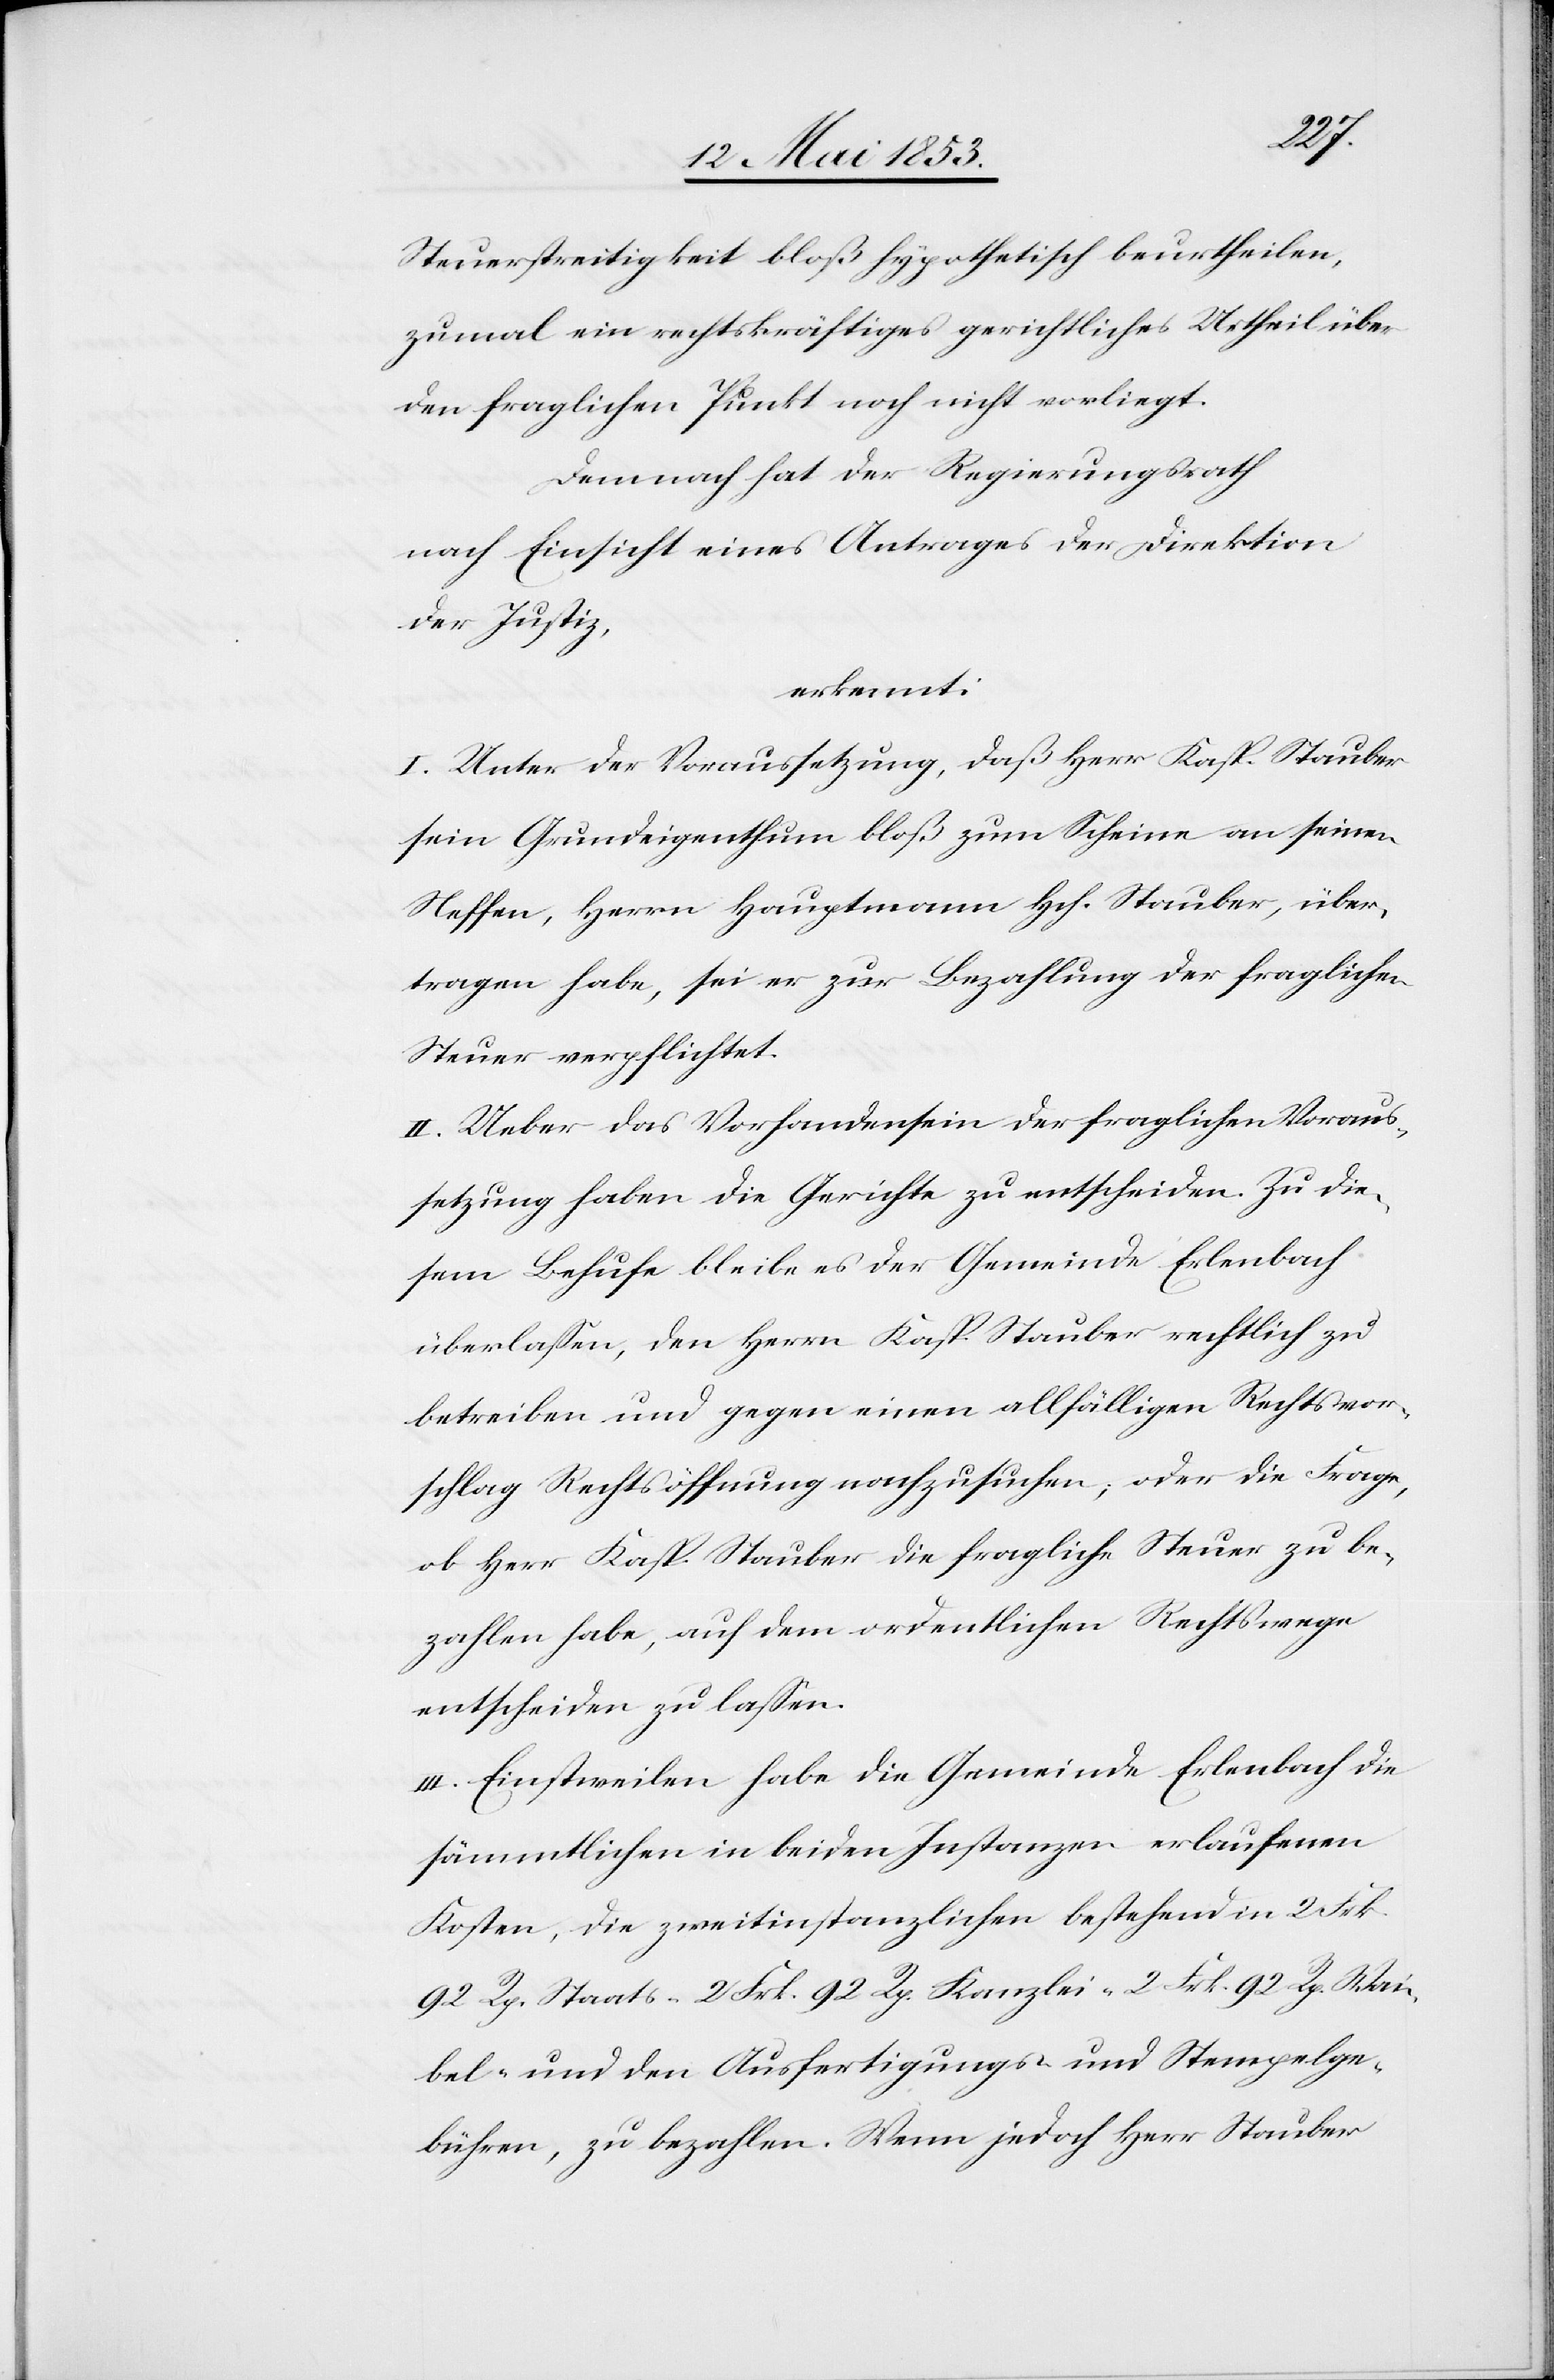
fnung
Steuerstreitigkeit bloß hypothetisch beurtheilen,
zumal ein rechtskräftiges gerichtliches Urtheil über
den fraglichen Punkt noch nicht vorliegt.
Demnach hat der Regierungsrath
nach Einsicht eines Antrages der Direktion
der Justiz,
erkennt:
I. Unter der Voraussetzung, daß Herr Kasp. Stauber
sein Grundeigenthum bloß zum Scheine an seinen
Neffen, Herrn Hauptmann Hch. Stauber, über¬
tragen habe, sei er zur Bezahlung der fraglichen
Steuer verpflichtet.
II. Ueber das Vorhandensein der fraglichen Voraus¬
setzungen haben die Gerichte zu entscheiden. Zu die¬
sem Behufe bleibe es der Gemeinde Erlenbach
überlaßen, den Herrn Kasp. Stauber rechtlich zu
betreiben und gegen allfälligen Rechtsvorschlag Rechtsöf¬
ob Herr Kaspar Stauber die fragliche Steuer zu be¬
zahlen habe, auf dem ordentlichen Rechtswege
entscheiden zu laßen.
III. Einstweilen habe die Gemeinde Erlenbach die
sämmtlichen in beiden Instanzen erlaufenen
Kosten, die zweitinstanzlichen bestehend in 2 Frk.
92 Rp. Staats- 2 Frk. 92 Rp. Kanzlei- 2 Frk. 92 Rp. Wai¬
bel- und den Ausfertigungs- u. Stempelge¬
bühren, zu bezahlen. Wenn jedoch Herr Stauber